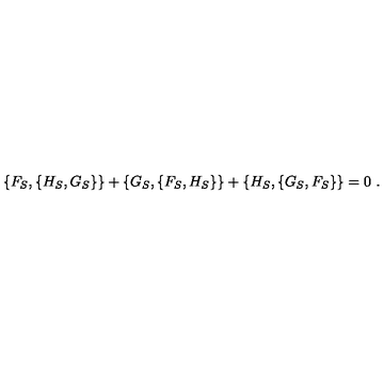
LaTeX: \{ F _ { S } , \{ H _ { S } , G _ { S } \} \} + \{ G _ { S } , \{ F _ { S } , H _ { S } \} \} + \{ H _ { S } , \{ G _ { S } , F _ { S } \} \} = 0 \ .